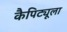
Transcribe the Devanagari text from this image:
कैपिट्यूला